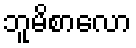
ဘူမိစာလော